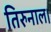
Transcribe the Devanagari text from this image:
तिरुनाल।